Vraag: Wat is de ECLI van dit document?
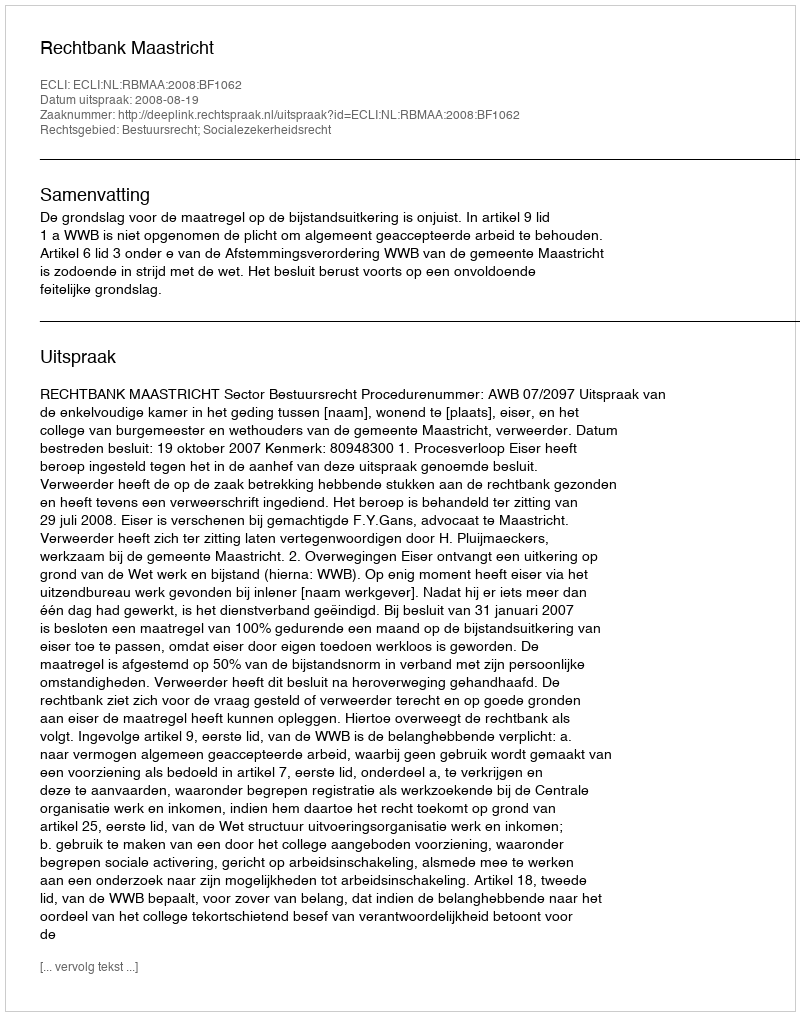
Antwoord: ECLI:NL:RBMAA:2008:BF1062